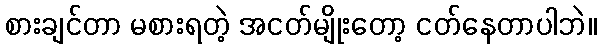
စားချင်တာ မစားရတဲ့ အငတ်မျိုးတော့ ငတ်နေတာပါဘဲ။